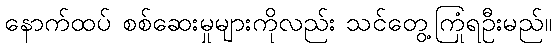
နောက်ထပ် စစ်ဆေးမှုများကိုလည်း သင်တွေ့ကြုံရဦးမည်။